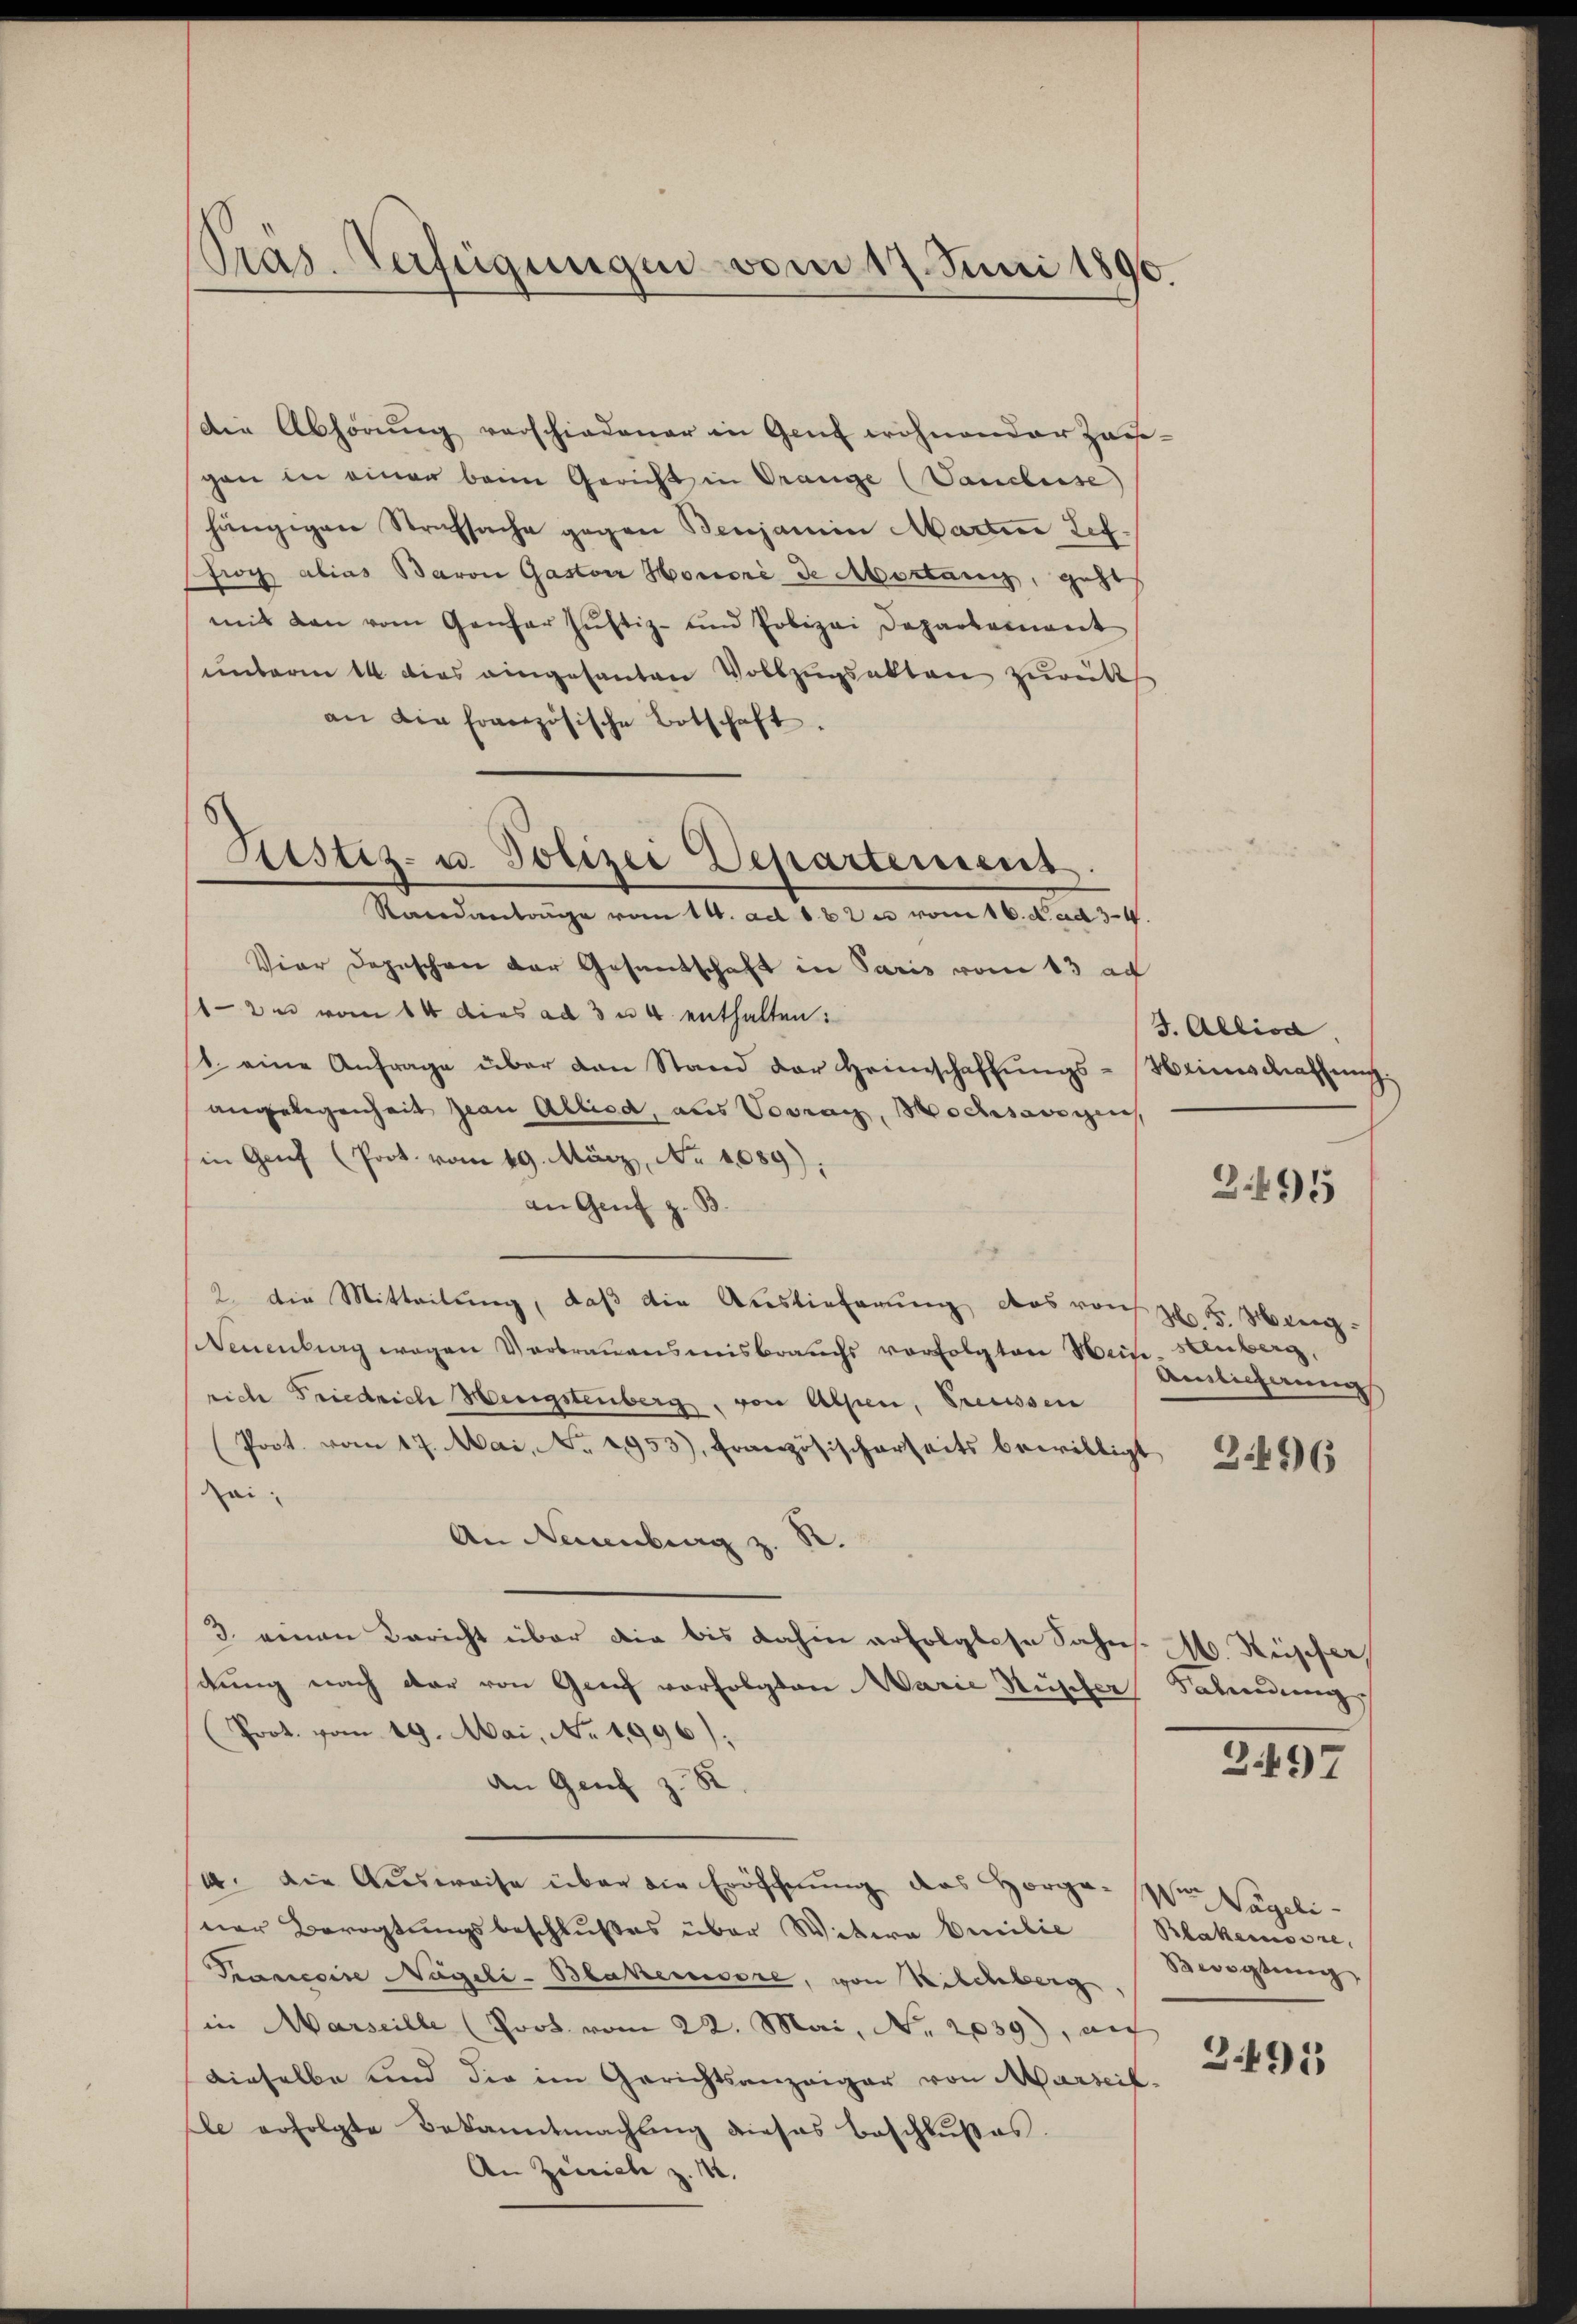
Präs. Verfügungen vom 17. Juni 1890.

Die Abhörŭng verschiedener in Genf wohnender Hause-
gen in einer beim Gericht in Orange (Vanclusse
hängigen Strafsache gegen Benjamin Martine Lef.
Pfroy alias Baron Gaston Honori de Mortany, geht
mit den vom Genfer Justiz- und Polizei Departement
unterm 14. dies eingesanten Vollzugsakten zurück
an die französische Botschaft.
Randanträge vom 14. ad 1. Du vom 16. d. ad 34
Viar Depeschen der Gesantschaft in Paris vom 13 ad
2 vom 14. dies ad 3 u. 4 enthalten:
1. eine Anfrage über den Stand der Heimschaffungs-Heimschaffung.
angelegenheit Jean Allied, aus Vorrag, Hochsangen
in Genf (Prot. vom 19. März, No 1089).
an Genf z. B.
2. die Mitteilung, daβ die Auslieferŭng das von J. F. Heng¬
Neuenburg wegen Verbrauensmisbrauchs vorfolgten Hein sauberg,
rich Friedrich Hengstenberg, von Alpen, Preissen
Prot. vom 17. Mai, N. 1953), Französischerseits bewilligt
dai
An Neuenburg z. R.
3. einen Bericht über die bis dahin erfolglose Sahn. M. Nüscher
stung nach dar von Graf vorfolgten Marie Stupfer
Prot. vom 19. Mai, No. 1996):
An Genf z. B
4. Die Aŭsweise über die Eröffnung des Horge-Wien Vögeli
ner Bevogtungsbeschlußes über Webern Emilie Blakenosse,
Praniecire Nägeli-Blakencore, von Kilchberg
in Marseille (Poot vom 22. Mai, No. 2039), auf
dieselbe und die im Gerichtsanzeiger von Marseil.
Ele erfolgte Bekanntmachtung dieses Beschlußes.
An Zinsich z. 1.

Ristiz- u. Polizei Departement.

J. Alliod

2495

Ainlicherung

3.496

Salindung

2497

Bevogtung,

2495